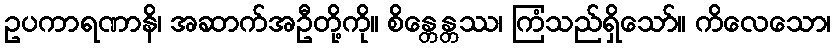
ဥပကာရဏာနိ၊ အဆာက်အဦတို့ကို။ စိန္တေန္တဿ၊ ကြံသည်ရှိသော်။ ကိလေသော၊